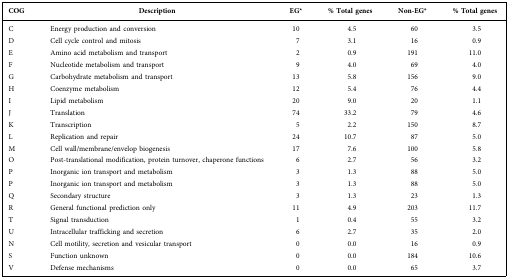
<table><thead><tr><td><b>COG</b></td><td><b>Description</b></td><td><b>EG*</b></td><td><b>% Total genes</b></td><td><b>Non-EG*</b></td><td><b>% Total genes</b></td></tr></thead><tbody><tr><td>C</td><td>Energy production and conversion</td><td>10</td><td>4.5</td><td>60</td><td>3.5</td></tr><tr><td>D</td><td>Cell cycle control and mitosis</td><td>7</td><td>3.1</td><td>16</td><td>0.9</td></tr><tr><td>E</td><td>Amino acid metabolism and transport</td><td>2</td><td>0.9</td><td>191</td><td>11.0</td></tr><tr><td>F</td><td>Nucleotide metabolism and transport</td><td>9</td><td>4.0</td><td>69</td><td>4.0</td></tr><tr><td>G</td><td>Carbohydrate metabolism and transport</td><td>13</td><td>5.8</td><td>156</td><td>9.0</td></tr><tr><td>H</td><td>Coenzyme metabolism</td><td>12</td><td>5.4</td><td>76</td><td>4.4</td></tr><tr><td>I</td><td>Lipid metabolism</td><td>20</td><td>9.0</td><td>20</td><td>1.1</td></tr><tr><td>J</td><td>Translation</td><td>74</td><td>33.2</td><td>79</td><td>4.6</td></tr><tr><td>K</td><td>Transcription</td><td>5</td><td>2.2</td><td>150</td><td>8.7</td></tr><tr><td>L</td><td>Replication and repair</td><td>24</td><td>10.7</td><td>87</td><td>5.0</td></tr><tr><td>M</td><td>Cell wall/membrane/envelop biogenesis</td><td>17</td><td>7.6</td><td>100</td><td>5.8</td></tr><tr><td>O</td><td>Post-translational modification, protein turnover, chaperone functions</td><td>6</td><td>2.7</td><td>56</td><td>3.2</td></tr><tr><td>P</td><td>Inorganic ion transport and metabolism</td><td>3</td><td>1.3</td><td>88</td><td>5.0</td></tr><tr><td>P</td><td>Inorganic ion transport and metabolism</td><td>3</td><td>1.3</td><td>88</td><td>5.0</td></tr><tr><td>Q</td><td>Secondary structure</td><td>3</td><td>1.3</td><td>23</td><td>1.3</td></tr><tr><td>R</td><td>General functional prediction only</td><td>11</td><td>4.9</td><td>203</td><td>11.7</td></tr><tr><td>T</td><td>Signal transduction</td><td>1</td><td>0.4</td><td>55</td><td>3.2</td></tr><tr><td>U</td><td>Intracellular trafficking and secretion</td><td>6</td><td>2.7</td><td>35</td><td>2.0</td></tr><tr><td>N</td><td>Cell motility, secretion and vesicular transport</td><td>0</td><td>0.0</td><td>16</td><td>0.9</td></tr><tr><td>S</td><td>Function unknown</td><td>0</td><td>0.0</td><td>184</td><td>10.6</td></tr><tr><td>V</td><td>Defense mechanisms</td><td>0</td><td>0.0</td><td>65</td><td>3.7</td></tr></tbody></table>